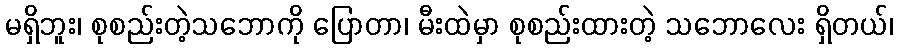
မရှိဘူး၊ စုစည်းတဲ့သဘောကို ပြောတာ၊ မီးထဲမှာ စုစည်းထားတဲ့ သဘောလေး ရှိတယ်၊